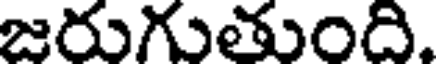
జరుగుతుంది.